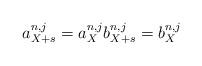
LaTeX: \begin{align*} a_{X+s}^{n,j} = a_X^{n,j} b_{X+s}^{n,j} = b_X^{n,j}\end{align*}